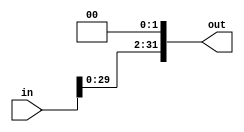
module ShiftLeft2(
    input wire [31:0] in,
    output wire [31:0] out
);
    assign out = in << 2;  // Shift left by 2 bits
endmodule